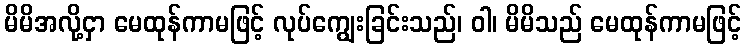
မိမိအလို့ငှာ မေထုန်ကာမဖြင့် လုပ်ကျွေးခြင်းသည်၊ ဝါ၊ မိမိသည် မေထုန်ကာမဖြင့်